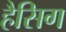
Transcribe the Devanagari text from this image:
हैसिग